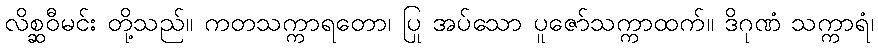
လိစ္ဆဝီမင်း တို့သည်။ ကတသက္ကာရတော၊ ပြု အပ်သော ပူဇော်သက္ကာထက်။ ဒိဂုဏံ သက္ကာရံ၊